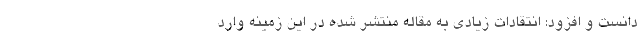
دانست و افزود: انتقادات زیادی به مقاله منتشر شده در این زمینه وارد